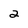
Character: 2